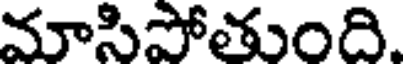
మాసిపోతుంది.